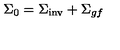
\Sigma _ { 0 } = { \Sigma } _ { \mathrm { i n v } } + { \Sigma } _ { g f }